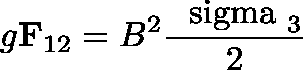
g { \bf F } _ { 1 2 } = B ^ { 2 } { \frac { \mathrm { \boldmath ~ \ s i g m a ~ } _ { 3 } } { 2 } }